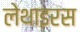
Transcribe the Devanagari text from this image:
लेथाइरस